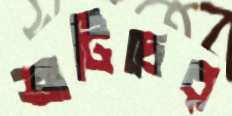
ব্রাটিচের